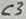
Text: C3